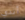
أندي